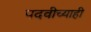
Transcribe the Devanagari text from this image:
पदवीच्याही